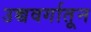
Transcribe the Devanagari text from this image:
उच्चवर्गातून